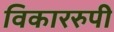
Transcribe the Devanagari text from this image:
विकाररुपी